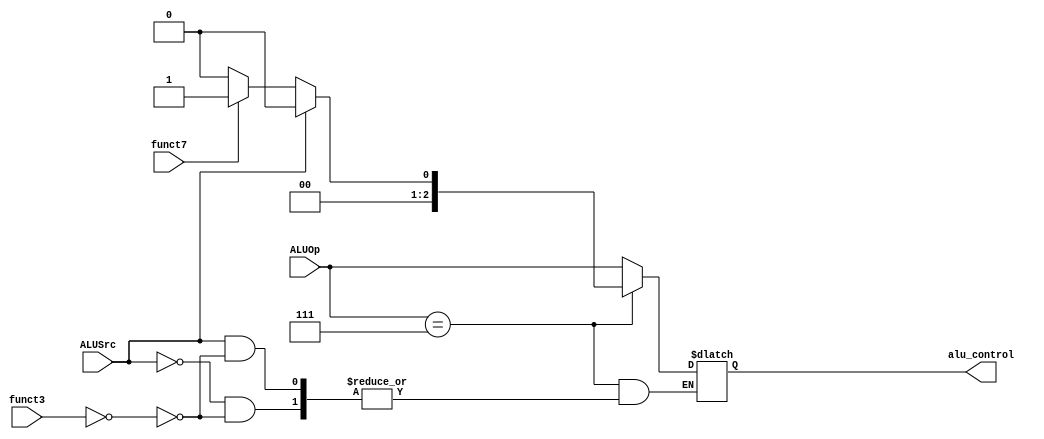
`timescale 1ns / 1ps
module lab5_ALU_control(
input [2:0] funct3,
input funct7,
input [2:0] ALUOp,
input ALUSrc,//use to identify R, I type
output reg [2:0] alu_control
);
always@(*)
begin
    if(ALUOp==3'b111)//this means control doesnt know what op, op depends on funct7,funct3. For R, I  type
    begin
        if(ALUSrc==0)//R type
        begin
            case(funct3)
                3'b000:
                begin
                    if(funct7==0)
                    begin
                        alu_control <= 3'b000;//R type add
                    end
                   else
                    begin
                        alu_control <= 3'b001;//R type sub
                    end
                end
                //other instructions, to do
            endcase
        end
        else//I type
            begin
                case(funct3)
                    3'b000://addi
                        begin
                            alu_control<=3'b000;
                        end
                endcase
            end
    end
    
    else//this means control know what op
    begin
        alu_control <= ALUOp;
    end
    end
endmodule